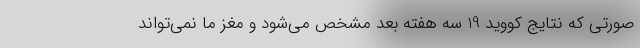
صورتی که نتایج کووید 19 سه هفته بعد مشخص می‌شود و مغز ما نمی‌تواند